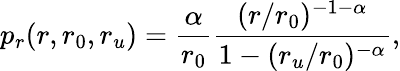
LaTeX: p_{r}(r,r_{0},r_{u})=\frac{\alpha}{r_{0}}\frac{(r/r_{0})^{-1-\alpha}}{1-(r_{u}/r_{0})^{-\alpha}},